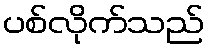
ပစ်လိုက်သည်